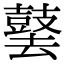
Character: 䵽